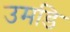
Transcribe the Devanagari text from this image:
उमडि